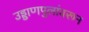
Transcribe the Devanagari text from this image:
उड्डाणपुलांवरून